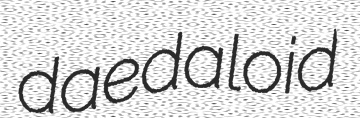
daedaloid